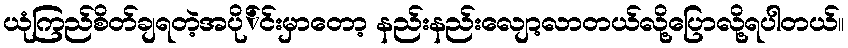
ယုံကြည်စိတ်ချရတဲ့အပို်င်းမှာတော့ နည်းနည်းလျော့လာတယ်လို့ပြောလို့ရပါတယ်။